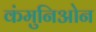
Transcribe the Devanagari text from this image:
कंमुनिओन